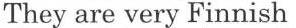
They are very Finnish